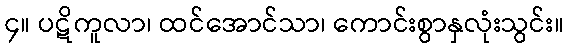
၄။ ပဋိကူလာ၊ ထင်အောင်သာ၊ ကောင်းစွာနှလုံးသွင်း။